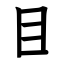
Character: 目